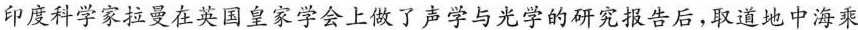
印度科学家拉曼在英国皇家学会上做了声学与光学的研究报告后，取道地中海乘